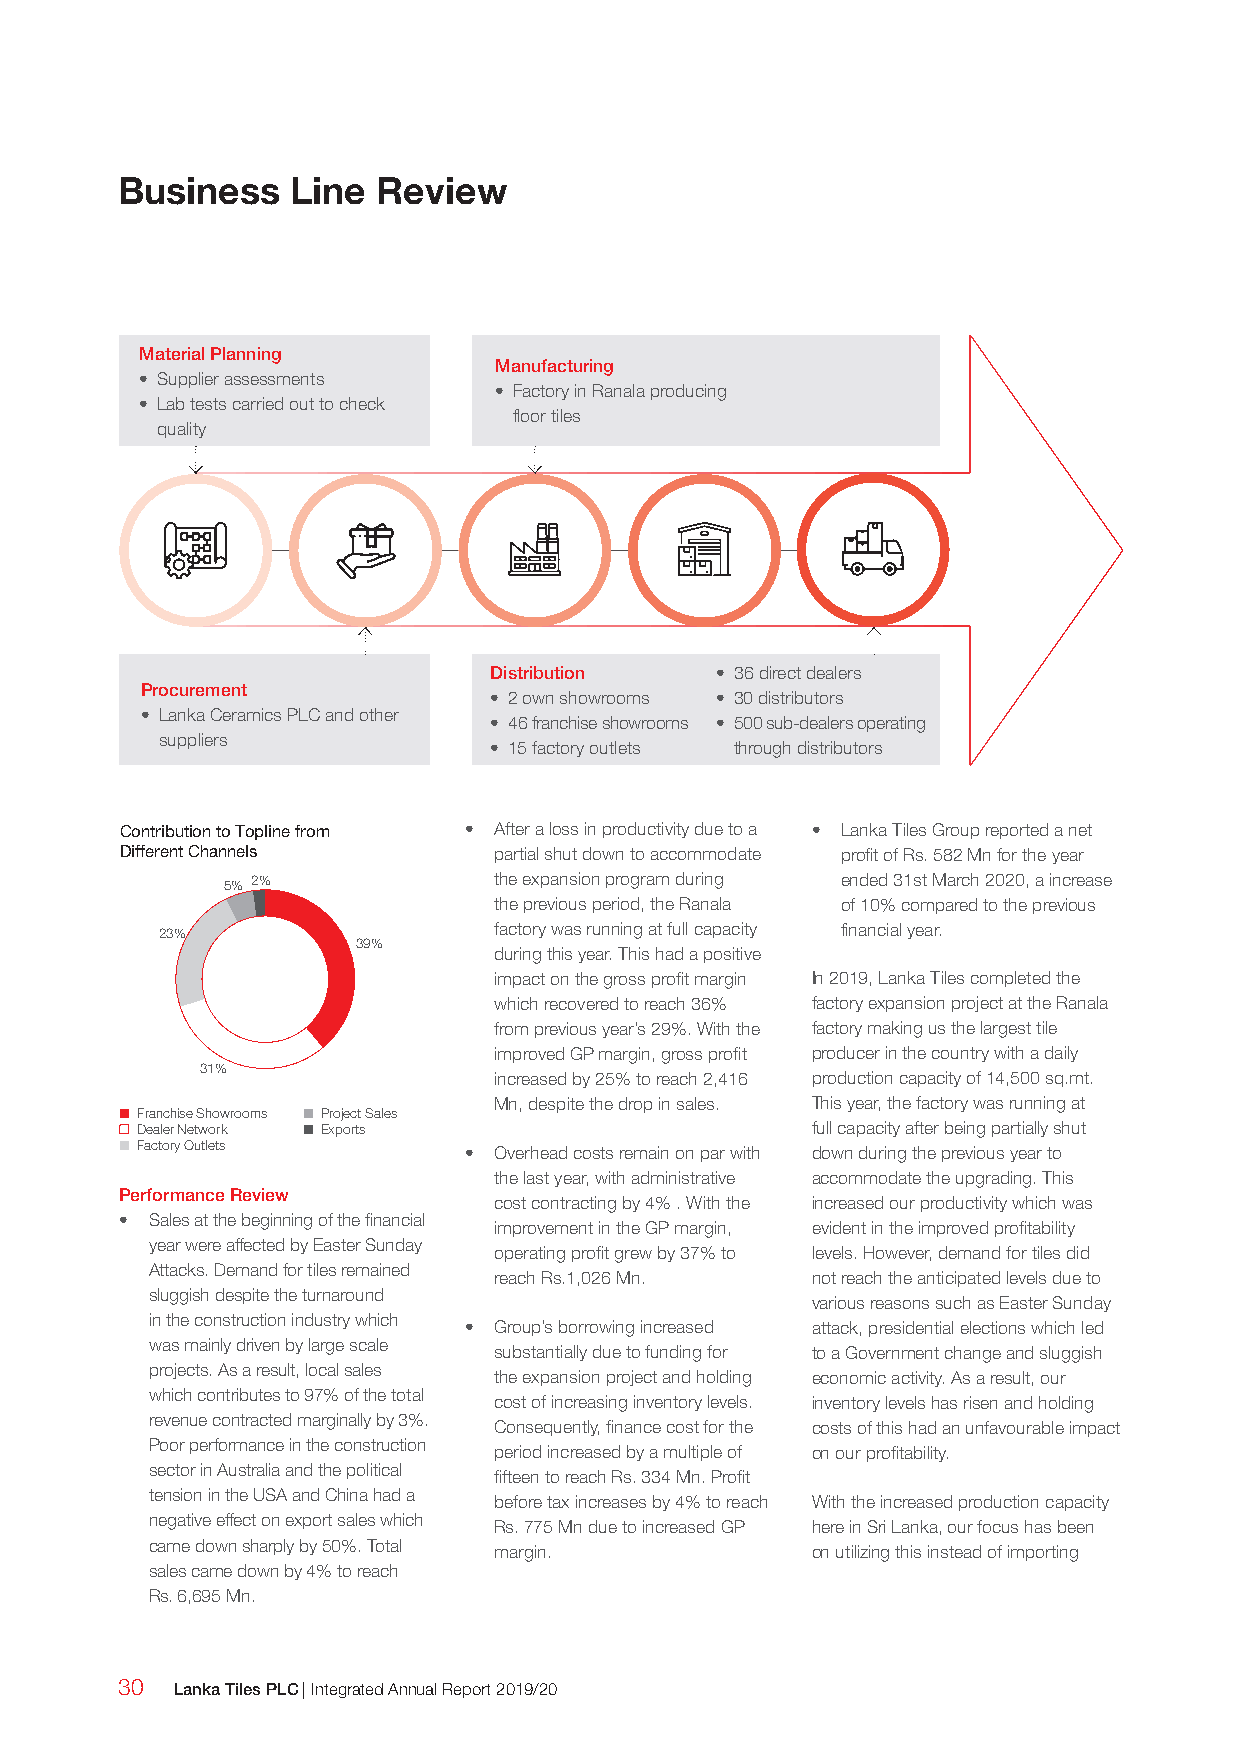
Business   Line  Review
 Material Planning
 Manufacturing
 • Supplier assessments
 • Factory in Ranala producing
 • Lab tests carried out to check
 floor tiles
 quality
 Distribution   • 36 direct dealers
 Procurement
 • 2 own showrooms • 30 distributors
 • Lanka Ceramics PLC and other
 • 46 franchise showrooms • 500 sub-dealers operating
 suppliers
 • 15 factory outlets through distributors
 Contribution to Topline from • After a loss in productivity due to a • Lanka Tiles Group reported a net
 Different Channels       partial shut down to accommodate profit of Rs. 582 Mn for the year
 5% 2%             the expansion program during ended 31st March 2020, a increase
 the previous period, the Ranala of 10% compared to the previous
 23%                    factory was running at full capacity financial year.
 39%
 during this year. This had a positive
 impact on the gross profit margin In 2019, Lanka Tiles completed the
 which recovered to reach 36% factory expansion project at the Ranala
 from previous year’s 29%. With the factory making us the largest tile
 improved GP margin, gross profit producer in the country with a daily
 31%
 increased by 25% to reach 2,416 production capacity of 14,500 sq.mt.
 Mn, despite the drop in sales. This year, the factory was running at
 Franchise Showrooms Project Sales
 Dealer Network Exports                       full capacity after being partially shut
 Factory Outlets       • Overhead costs remain on par with down during the previous year to
 the last year, with administrative accommodate the upgrading. This
 Performance Review
 cost contracting by 4% . With the increased our productivity which was
 • Sales at the beginning of the financial
 improvement in the GP margin, evident in the improved profitability
 year were affected by Easter Sunday
 operating profit grew by 37% to levels. However, demand for tiles did
 Attacks. Demand for tiles remained
 reach Rs.1,026 Mn.   not reach the anticipated levels due to
 sluggish despite the turnaround
 various reasons such as Easter Sunday
 in the construction industry which
 • Group’s borrowing increased attack, presidential elections which led
 was mainly driven by large scale
 substantially due to funding for to a Government change and sluggish
 projects. As a result, local sales
 the expansion project and holding economic activity. As a result, our
 which contributes to 97% of the total
 cost of increasing inventory levels. inventory levels has risen and holding
 revenue contracted marginally by 3%.
 Consequently, finance cost for the costs of this had an unfavourable impact
 Poor performance in the construction
 period increased by a multiple of on our profitability.
 sector in Australia and the political
 fifteen to reach Rs. 334 Mn. Profit
 tension in the USA and China had a
 before tax increases by 4% to reach With the increased production capacity
 negative effect on export sales which
 Rs. 775 Mn due to increased GP here in Sri Lanka, our focus has been
 came down sharply by 50%. Total
 margin.              on utilizing this instead of importing
 sales came down by 4% to reach
 Rs. 6,695 Mn.
 30  Lanka Tiles PLC | Integrated Annual Report 2019/20